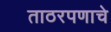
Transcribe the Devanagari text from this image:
ताठरपणाचे